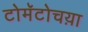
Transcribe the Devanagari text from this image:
टोमॅटोचय़ा